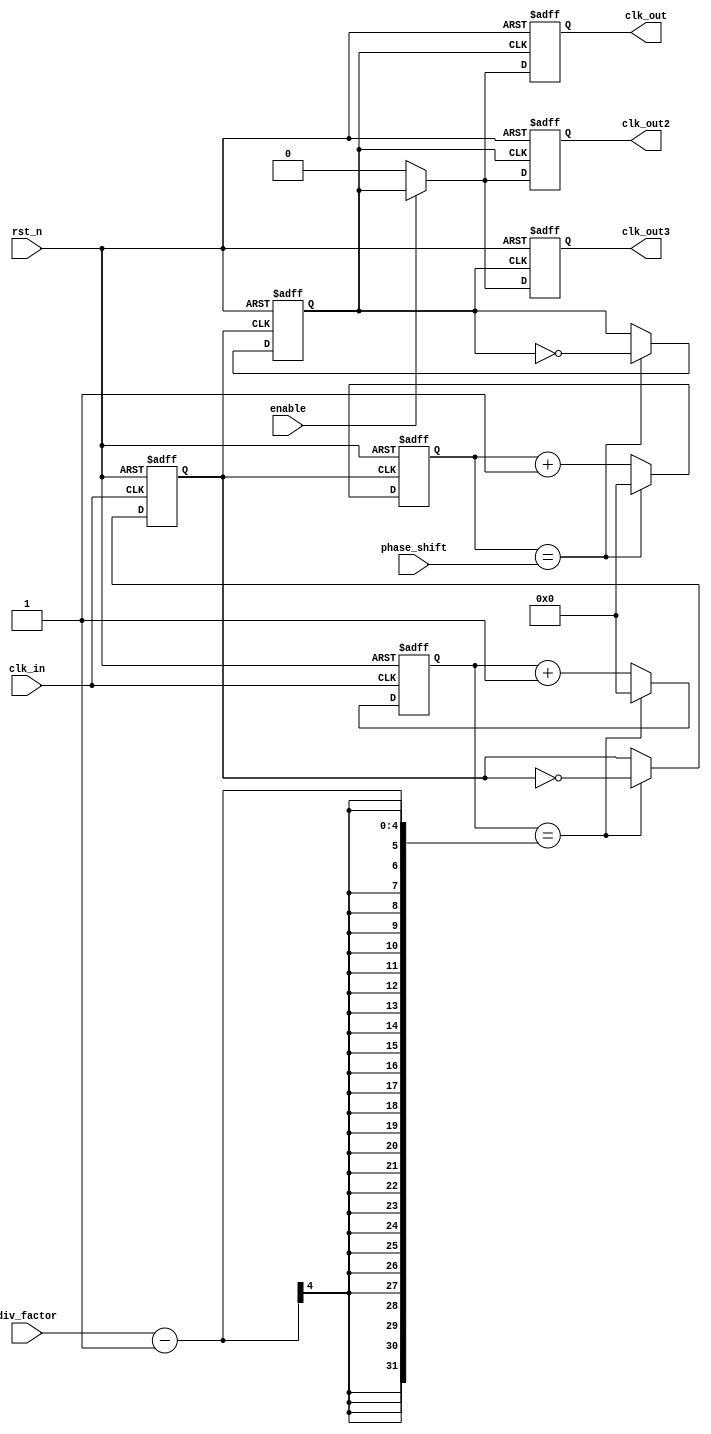
module ProgrammableClockBuffer (
    input wire clk_in,               // Input clock
    input wire rst_n,                // Active low reset
    input wire [3:0] div_factor,     // Division factor (1 to 15)
    input wire [3:0] phase_shift,    // Phase shift (in clock cycles)
    input wire enable,                // Enable signal for output
    output reg clk_out,              // Output clock
    output reg clk_out2,             // Second output clock
    output reg clk_out3              // Third output clock
);

    reg [3:0] counter;               // Counter for clock division
    reg [3:0] phase_counter;         // Counter for phase adjustment
    reg clk_div;                     // Divided clock signal
    reg clk_phase;                   // Phase adjusted clock signal

    // Clock division logic
    always @(posedge clk_in or negedge rst_n) begin
        if (!rst_n) begin
            counter <= 0;
            clk_div <= 0;
        end else begin
            if (counter == (div_factor - 1)) begin
                clk_div <= ~clk_div; // Toggle divided clock
                counter <= 0;        // Reset counter
            end else begin
                counter <= counter + 1; // Increment counter
            end
        end
    end

    // Phase adjustment logic
    always @(posedge clk_div or negedge rst_n) begin
        if (!rst_n) begin
            phase_counter <= 0;
            clk_phase <= 0;
        end else begin
            if (phase_counter == phase_shift) begin
                clk_phase <= ~clk_phase; // Toggle phase adjusted clock
                phase_counter <= 0;      // Reset phase counter
            end else begin
                phase_counter <= phase_counter + 1; // Increment phase counter
            end
        end
    end

    // Output driver logic
    always @(posedge clk_phase or negedge rst_n) begin
        if (!rst_n) begin
            clk_out <= 0;
            clk_out2 <= 0;
            clk_out3 <= 0;
        end else begin
            if (enable) begin
                clk_out <= clk_phase; // Drive output clock
                clk_out2 <= clk_phase; // Drive second output clock
                clk_out3 <= clk_phase; // Drive third output clock
            end else begin
                clk_out <= 0; // Disable output clock
                clk_out2 <= 0; // Disable second output clock
                clk_out3 <= 0; // Disable third output clock
            end
        end
    end

endmodule